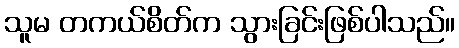
သူမ တကယ်စိတ်က သွားခြင်းဖြစ်ပါသည်။